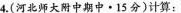
4.(河北师大附中期中·15分)计算：